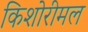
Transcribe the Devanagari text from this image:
किशोरीमल